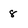
Character: 8